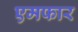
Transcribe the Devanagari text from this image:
एमफार